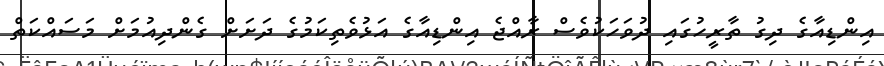
އިންޑިއާގެ ދިގު ތާރީހުގައި ދުވަހަކުވެސް ރާއްޖެ އިންޑިއާގެ އަޅުވެތިކަމުގެ ދަށަށް ގެންދިއުމަށް މަސައްކަތް